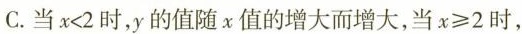
C. 当 x<2 时，y的值随x值的增大而增大，当 x≥2 时，